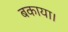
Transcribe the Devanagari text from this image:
बकाया।